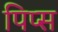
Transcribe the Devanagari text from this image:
पिप्स